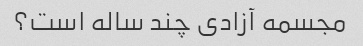
مجسمه آزادی چند ساله است؟